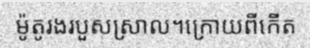
ម៉ូតូរងរបួសស្រាល។ក្រោយពីកើត